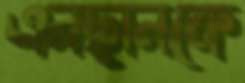
এনছানকে